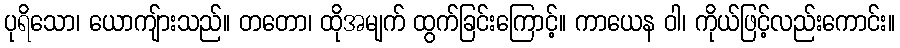
ပုရိသော၊ ယောကျ်ားသည်။ တတော၊ ထိုအမျက် ထွက်ခြင်းကြောင့်။ ကာယေန ဝါ၊ ကိုယ်ဖြင့်လည်းကောင်း။